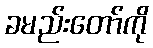
ခမည်းတော်ကို